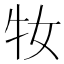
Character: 𤘙